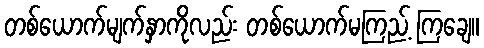
တစ်ယောက်မျက်နှာကိုလည်း တစ်ယောက်မကြည့် ကြချေ။